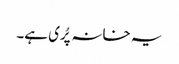
یہ خانہ پُری ہے۔